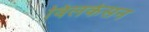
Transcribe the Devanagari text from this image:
विलकेसन